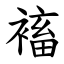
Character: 䙒